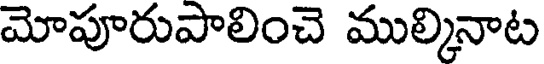
మోపూరుపాలించె ముల్కినాట